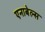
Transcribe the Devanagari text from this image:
एनाबेल्स